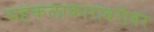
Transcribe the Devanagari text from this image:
सहकलाकारांबरोबर